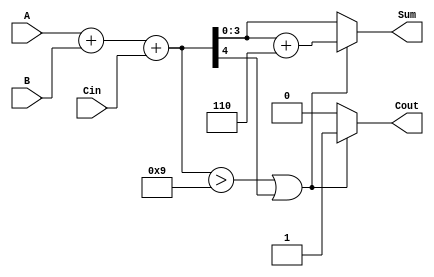
module BCD_Conditional_Adder (
    input  wire [3:0] A,     // First BCD digit
    input  wire [3:0] B,     // Second BCD digit
    input  wire Cin,         // Carry-in
    output reg [3:0] Sum,    // BCD sum output
    output reg Cout          // Carry-out
);

    wire [4:0] Temp_Sum;     // 5-bit temporary sum to accommodate carry
    wire correction_needed;    // Flag indicating if correction is needed

    // Binary addition of A, B, and Cin
    assign Temp_Sum = A + B + Cin;

    // Check if correction is needed (Temp_Sum > 9 or carry-out)
    assign correction_needed = (Temp_Sum > 9) || Temp_Sum[4];

    // Generate final Sum and Cout
    always @(*) begin
        if (correction_needed) begin
            Sum = Temp_Sum[3:0] + 4'b0110; // Add 6 for correction
            Cout = 1;                      // Indicate carry-out
        end else begin
            Sum = Temp_Sum[3:0];           // No correction, take lower 4 bits
            Cout = 0;                      // No carry-out
        end
    end

endmodule